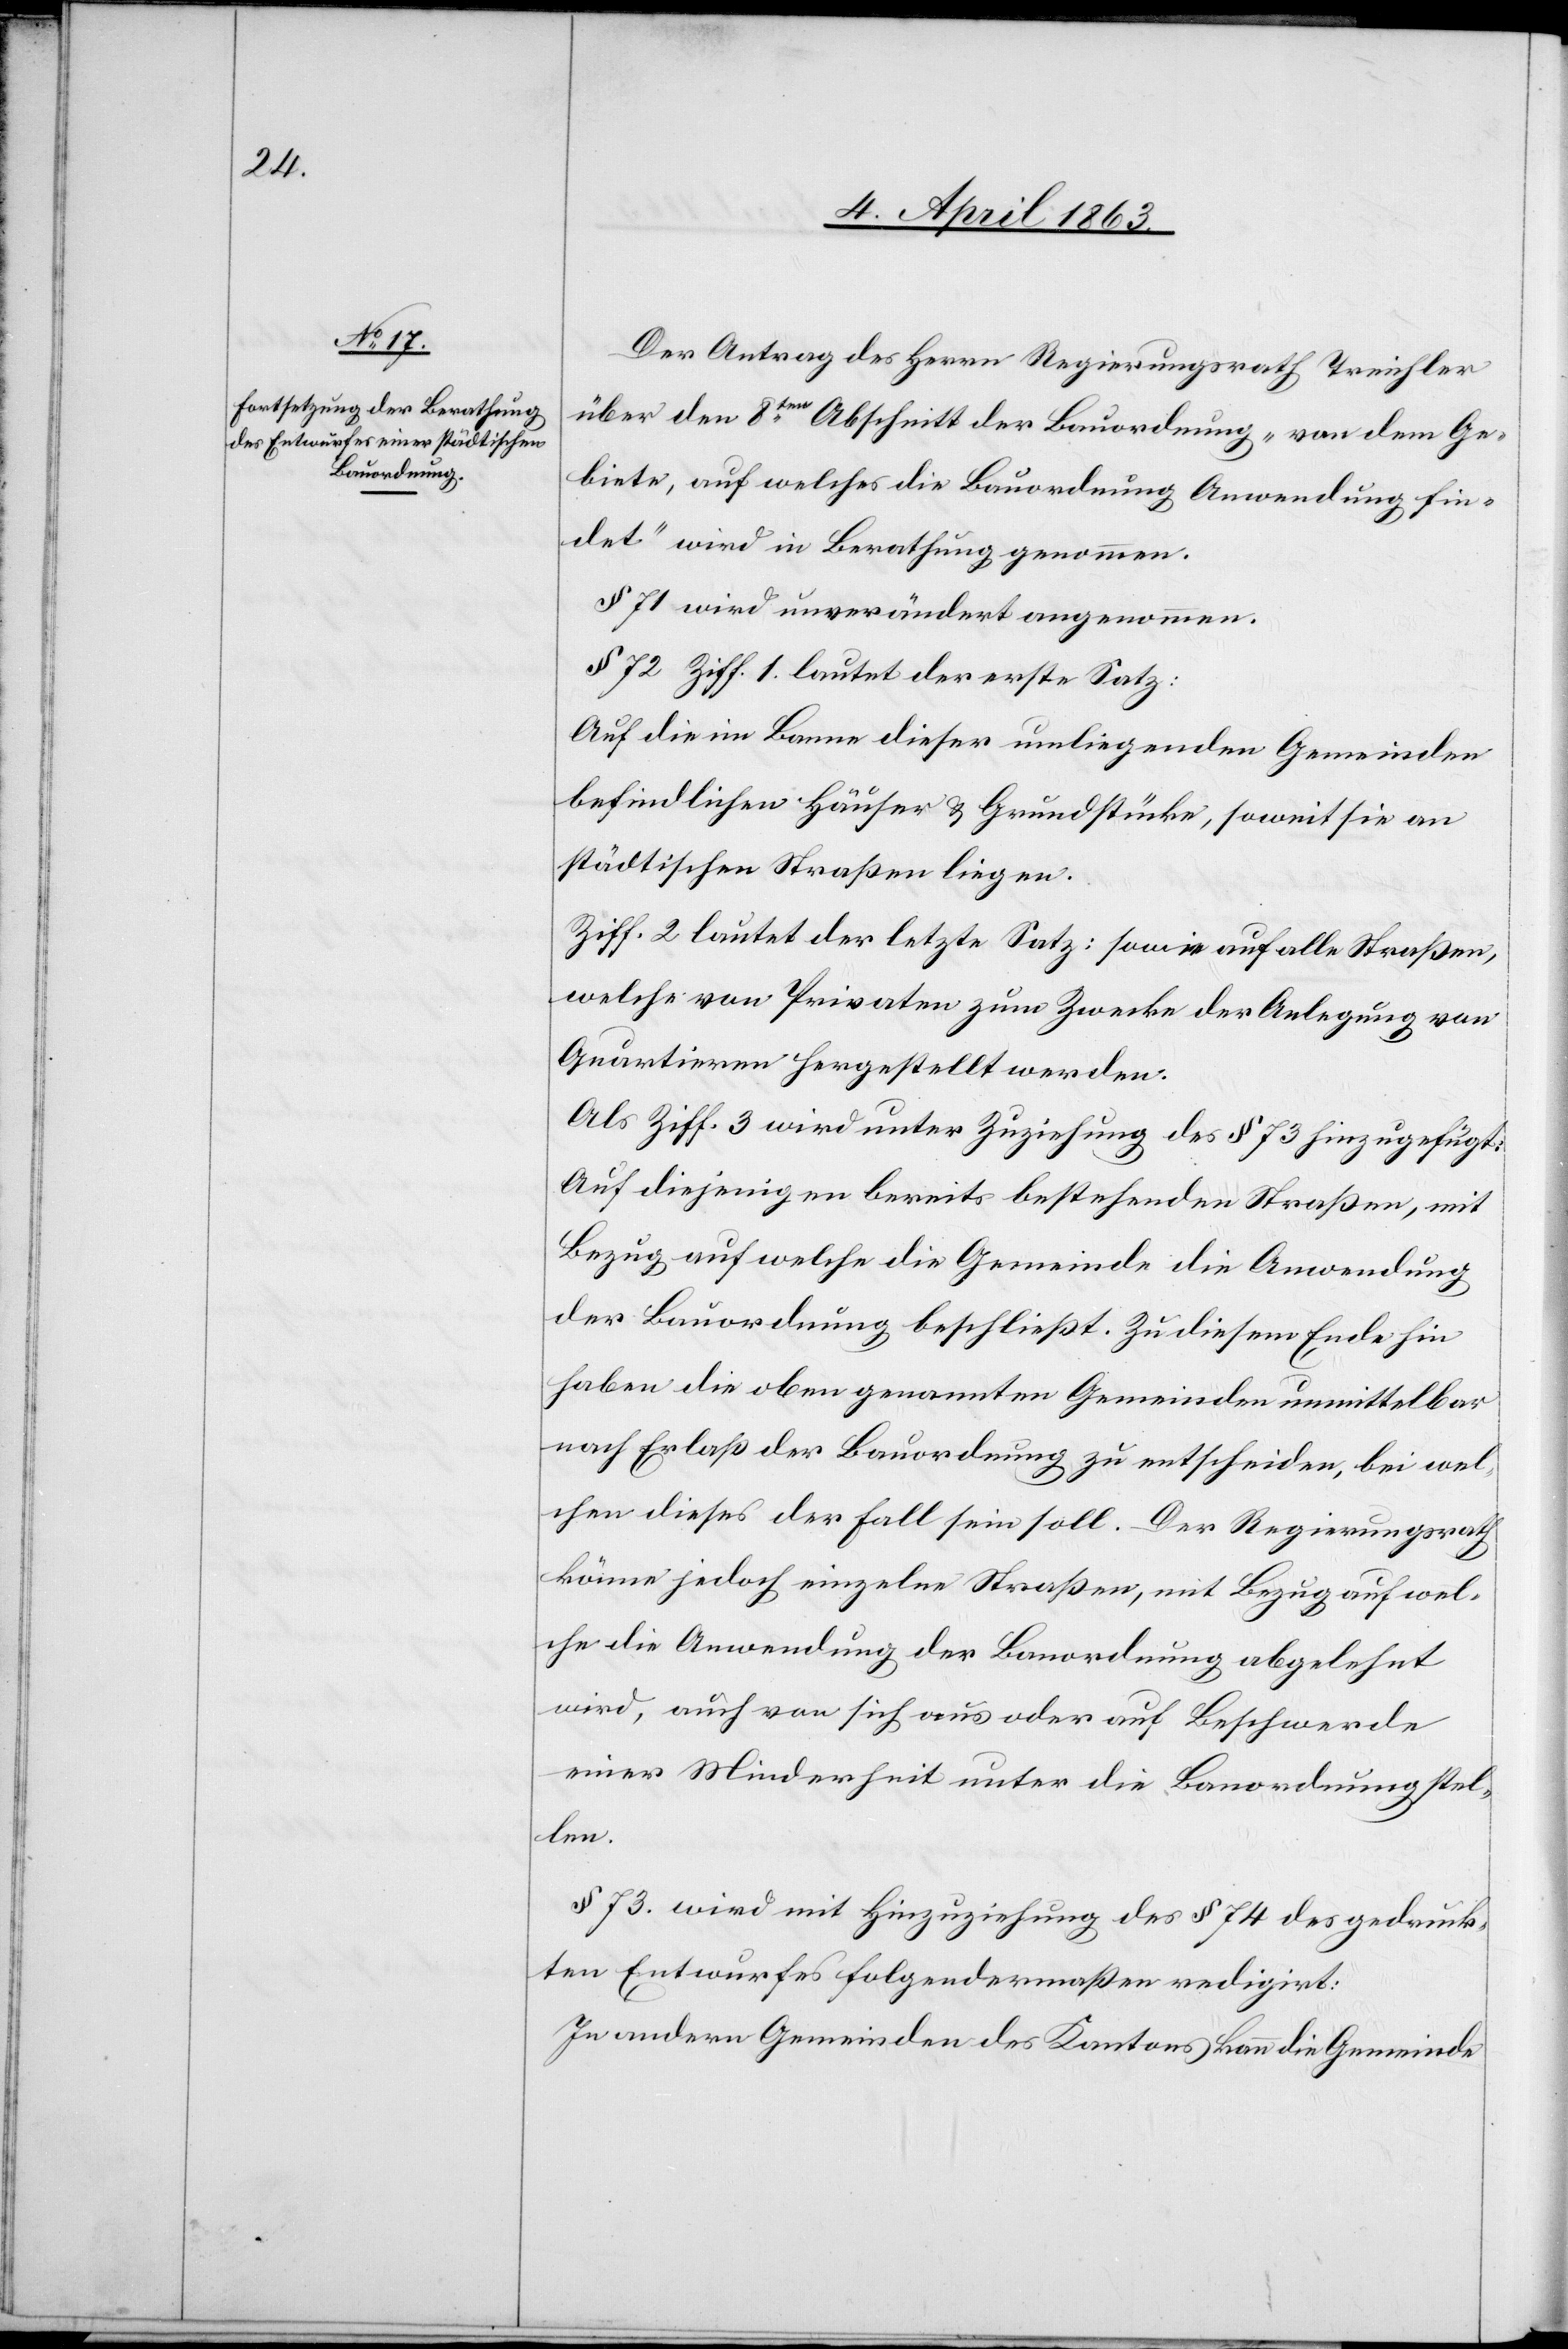
Der Antrag des Herrn Regierungsrath Treichler
über den 8ten Abschnitt der Bauordnung „von dem Ge¬
biete, auf welches die Bauordnung Anwendung fin¬
det“ wird in Berathung genommen.
§ 71 wird unverändert angenommen.
§ 72 Ziff. 1. lautet der erste Satz:
Auf die im Banne dieser umliegenden Gemeinden
befindlichen Häuser & Grundstücke, soweit sie an
städtischen Straßen liegen.
Ziff. 2 lautet der letzte Satz: sowie auf alle Straßen,
welche von Privaten zum Zwecke der Anlegung von
Quartieren hergestellt werden.
Als Ziff. 3 wird unter Zuziehung des § 73 hinzugefügt:
Auf diejenigen bereits bestehenden Straßen, mit
Bezug auf welche die Gemeinde die Anwendung
der Bauordnung beschließt. Zu diesem Ende hin
haben die oben genannten Gemeinden unmittelbar
nach Erlaß der Bauordnung zu entscheiden, bei wel¬
chen dieses der Fall sein soll. Der Regierungsrath
könne jedoch einzelne Straßen, mit Bezug auf wel¬
che die Anwendung der Bauordnung abgelehnt
wird, auch von sich aus oder auf Beschwerde
einer Minderheit unter die Bauordnung stel¬
len.
§ 73. wird mit Hinzuziehung des § 74 des gedruck¬
ten Entwurfes folgendermaßen redigirt:
In andern Gemeinden des Kantons kann die Gemeinde